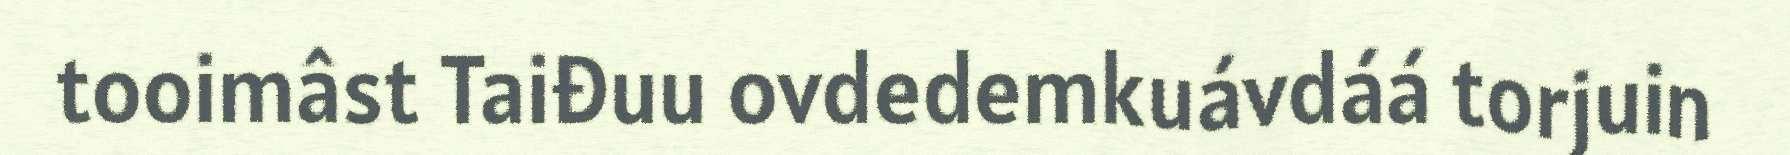
tooimâst Taiđuu ovdedemkuávdáá torjuin